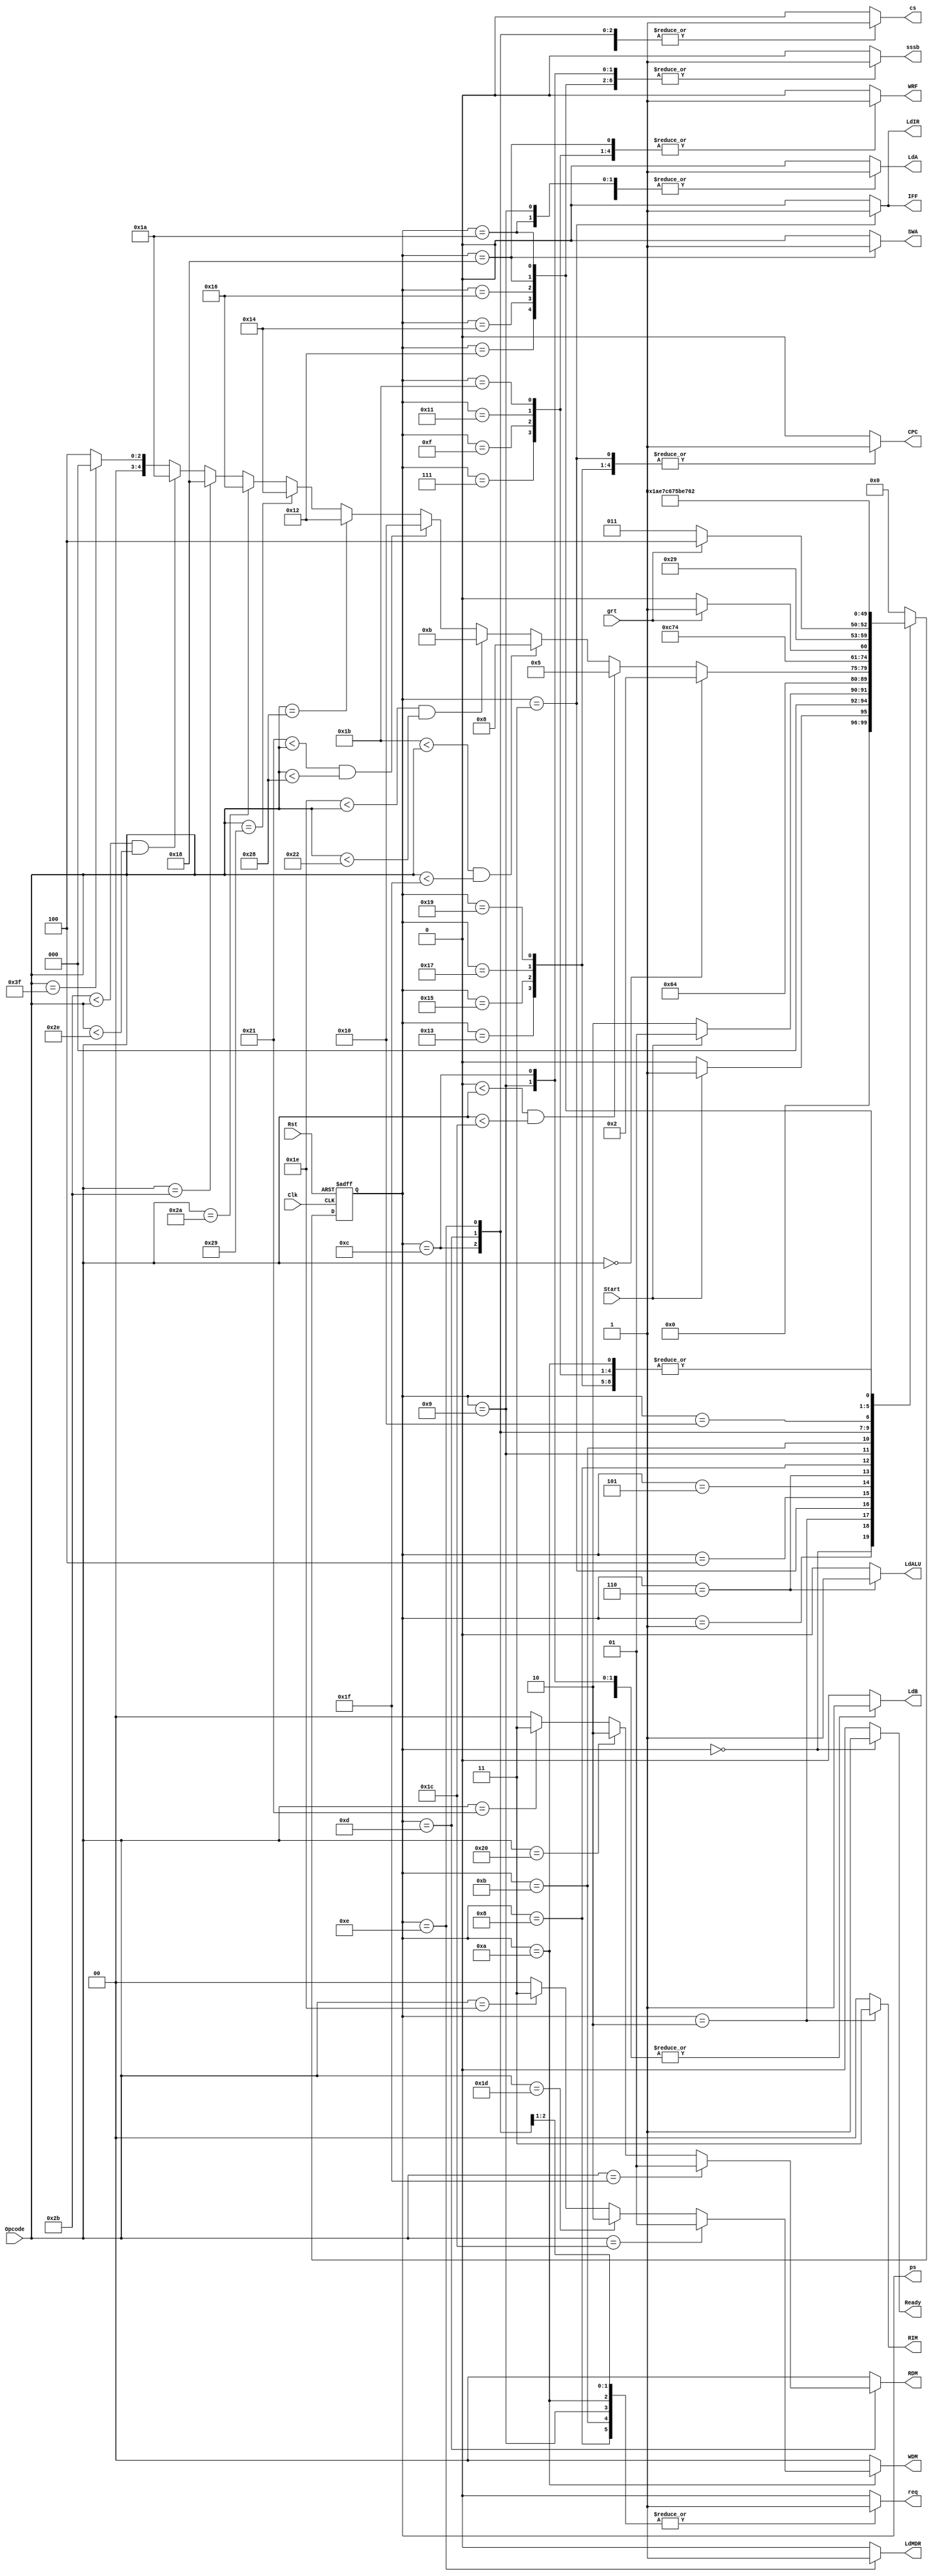
module CPU_Controller_1(input [5:0]Opcode,input Start,grt,Clk,Rst,output reg [4:0]ps,output reg [1:0]WDM,RDM,RIM,output reg Ready,LdIR,CPC,LdA,LdB,LdALU,WRF,LdMDR,SWA,sssb,IFF,req,cs);
  reg [4:0]ns;
  parameter [4:0]Idle=5'h0,Init=5'h1,IF1=5'h2,IF2=5'h3,IF3=5'h4,ALU1=5'h5,ALU2=5'h6,ALU3=5'h7,Store1=5'h8,Store2=5'h9,Store3=5'hA;
  parameter [4:0]Load1=5'hB,Load2=5'hC,Load3=5'hD,Load4=5'hE,Load5=5'hF,set1=5'h10,set2=5'h11,bnz1=5'h12,bnz2=5'h13,jmp1=5'h14,jmp2=5'h15,jr1=5'h16;
  parameter [4:0]jr2=5'h17,jal1=5'h18,jal2=5'h19,LI1=5'h1A,LI2=5'h1B;
  always @(ps,Start,grt) begin
    begin ns=Idle;{WDM,RDM,RIM,Ready,LdIR,CPC,LdA,LdB,LdALU,WRF,LdMDR,SWA,sssb,IFF,req,cs}=19'h0; end
    case(ps)
      Idle:begin ns=Start?Init:Idle;Ready=1; end
      Init:ns=Start?Init:IF1;
      IF1:begin ns=IF2;RIM=2'h3; end
      IF2:begin ns=IF3;LdIR=1;CPC=1;IFF=1; end
      IF3:ns=(Opcode==6'h0)?IF1:(6'h0<Opcode & Opcode<6'h1C)?ALU1:(6'h1B<Opcode & Opcode<6'h1F)?Store1:(6'h1E<Opcode & Opcode<6'h22)?Load1:(6'h21<Opcode & Opcode<6'h28)?set1:(Opcode==6'h28)?bnz1:(Opcode==6'h29)?jmp1:(Opcode==6'h2A)?jr1:(Opcode==6'h2B)?jal1:(6'h2B<Opcode & Opcode<6'h2E)?LI1:(Opcode==6'h3F)?Idle:IF3;
      //*****************************************************************************************
      ALU1:begin ns=ALU2;LdA=1;LdB=1; end
      ALU2:begin ns=ALU3;LdALU=1; end
      ALU3:begin ns=IF1;WRF=1; end
      //*****************************************************************************************
      Store1:begin ns=grt?Store2:Store1;req=1; end
      Store2:begin ns=Store3;LdA=1;LdB=1;sssb=1;req=1;cs=1; end
      Store3:begin ns=IF1;WDM=(Opcode==6'h1C)?2'h1:(Opcode==6'h1D)?2'h2:(Opcode==6'h1E)?2'h3:2'h0;req=1;cs=1; end
      Load1:begin ns=grt?Load2:Load1;req=1; end
      Load2:begin ns=Load3;LdB=1;sssb=1;req=1;cs=1; end
      Load3:begin ns=Load4;RDM=(Opcode==6'h1F)?2'h1:(Opcode==6'h20)?2'h2:(Opcode==6'h21)?2'h3:2'h0;req=1;cs=1; end
      Load4:begin ns=Load5;LdMDR=1;cs=1; end
      Load5:begin ns=IF1;WRF=1; end
      //******************************************************************************************
      set1:begin ns=set2;LdA=1;LdB=1; end
      set2:begin ns=IF1;WRF=1; end
      //*******************************************************************************************
      bnz1:begin ns=bnz2;LdA=1;LdB=1;sssb=1; end
      bnz2:begin ns=IF1;CPC=1; end
      //*******************************************************************************************
      jmp1:begin ns=jmp2;LdB=1;sssb=1; end
      jmp2:begin ns=IF1;CPC=1; end
      jr1:begin ns=jr2;LdA=1;sssb=1; end
      jr2:begin ns=IF1;CPC=1; end
      jal1:begin ns=jal2;SWA=1;WRF=1;LdB=1;sssb=1; end
      jal2:begin ns=IF1;CPC=1; end
      //*******************************************************************************************
      LI1:begin ns=LI2;sssb=1;LdA=1; end
      LI2:begin ns=IF1;WRF=1; end
      //*******************************************************************************************
      default:begin ns=Idle;{WDM,RDM,RIM,Ready,LdIR,CPC,LdA,LdB,LdALU,WRF,LdMDR,SWA,sssb,IFF,req,cs}=19'h0; end
    endcase
  end
  always @(posedge Clk,posedge Rst) begin
   if (Rst) ps<=Idle;
   else ps<=ns;
  end
endmodule